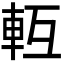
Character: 𨋆